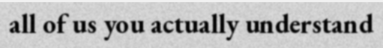
all of us you actually understand